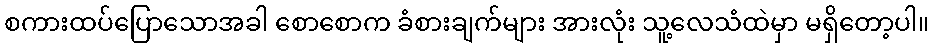
စကားထပ်ပြောသောအခါ စောစောက ခံစားချက်များ အားလုံး သူ့လေသံထဲမှာ မရှိတော့ပါ။